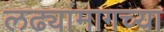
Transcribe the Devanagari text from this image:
लढ्यांमागच्या